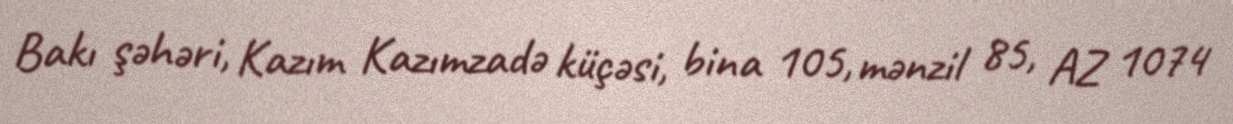
Bakı şəhəri, Kazım Kazımzadə küçəsi, bina 105, mənzil 85, AZ 1074